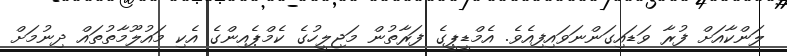
ލަންކާއަށް ފުރާ ވަޑައިގަންނަވައިފިއެވެ. އެމްޑީޕީގެ ފަރާތުން މަޖިލީހުގެ ކެމްޕެއިންގެ އެކި މައުލޫމާތުތައް ދިނުމަށް